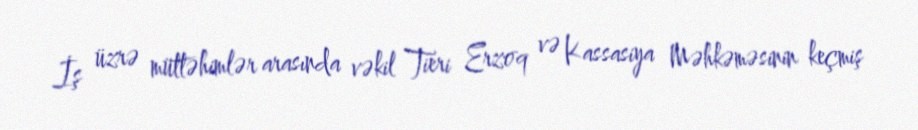
İş üzrə müttəhimlər arasında vəkil Tieri Erzoq və Kassasiya Məhkəməsinin keçmiş